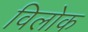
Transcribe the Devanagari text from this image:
विलोक